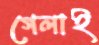
গেলাই